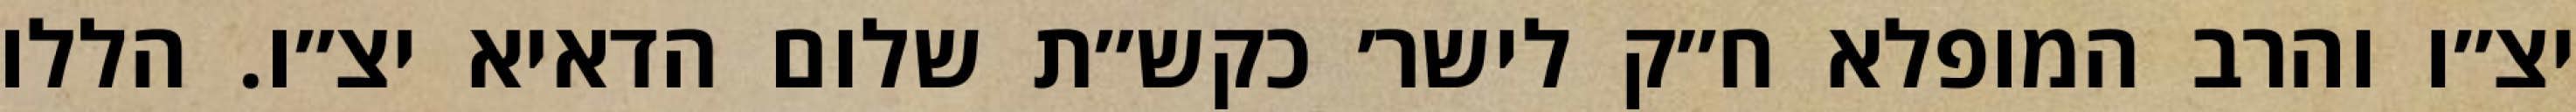
יצ״ו והרב המופלא ח״ק לישר׳ כקש״ת שלום הדאיא יצ״ו. הללו